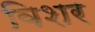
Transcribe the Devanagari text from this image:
विशर